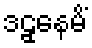
ဒဠှနေမိံ